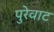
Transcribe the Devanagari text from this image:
पुरेवाट